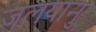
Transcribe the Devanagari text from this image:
जलयानु